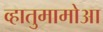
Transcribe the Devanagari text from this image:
व्हातुमामोआ